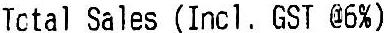
TOTAL SALES (INCL. GST @6%)